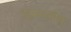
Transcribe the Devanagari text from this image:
कामजतीर्थ